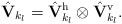
LaTeX: \begin{align*}\hat{\mathbf{V}}_{k_l} = \hat{\mathbf{V}}^{\mathrm{h}}_{k_l} \otimes \hat{\mathbf{V}}^{\mathrm{v}}_{k_l}.\end{align*}